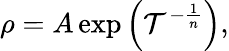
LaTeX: \rho=A\exp\left(\mathcal{T}^{-{\frac{{1}}{{n}}}}\right),